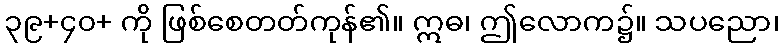
၃၉+၄၀+ ကို ဖြစ်စေတတ်ကုန်၏။ ဣဓ၊ ဤလောက၌။ သပညော၊